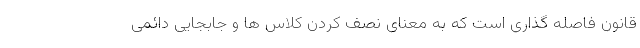
قانون فاصله گذاری است که به معنای نصف کردن کلاس ها و جابجایی دائمی